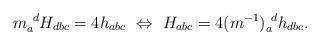
LaTeX: \begin{align*}m_a^{~d}H_{dbc}=4h_{abc}~\Leftrightarrow~H_{abc}=4(m^{-1})_a^{~d}h_{dbc}.\end{align*}